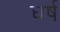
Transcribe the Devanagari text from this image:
घर्ष